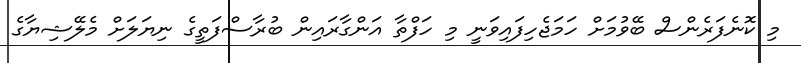
މި ކޮނެފަރެންސް ބޭވުމަށް ހަމަޖެހިފައިވަނީ މި ހަފްތާ އަންގާރައިން ބުރާސްފަތީގެ ނިޔަލަަށް މެލޭޝިޔާގެ